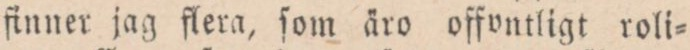
finner jag flera, ſom äro offontligt roli=